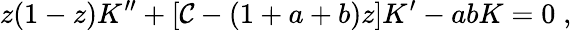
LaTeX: z(1-z)K^{\prime\prime}+[\mathcal{C}-(1+a+b)z]K^{\prime}-abK=0\; ,